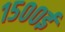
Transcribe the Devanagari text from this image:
१५००ई